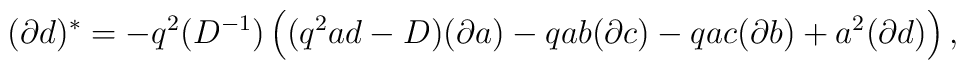
(\partial d)^{*}=-q^2(D^{-1})\left((q^2ad-D)(\partial a)-qab(\partial c)-qac(\partial b)+a^2(\partial d)\right),